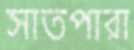
সাতপারা